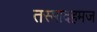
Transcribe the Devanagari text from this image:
तस्मादहमज